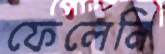
ফেলেনি